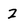
Character: z